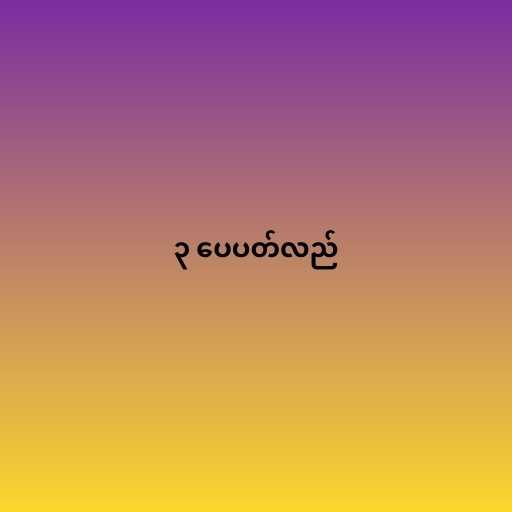
၃ ပေပတ်လည်